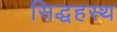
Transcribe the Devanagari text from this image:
सिद्धहस्थ